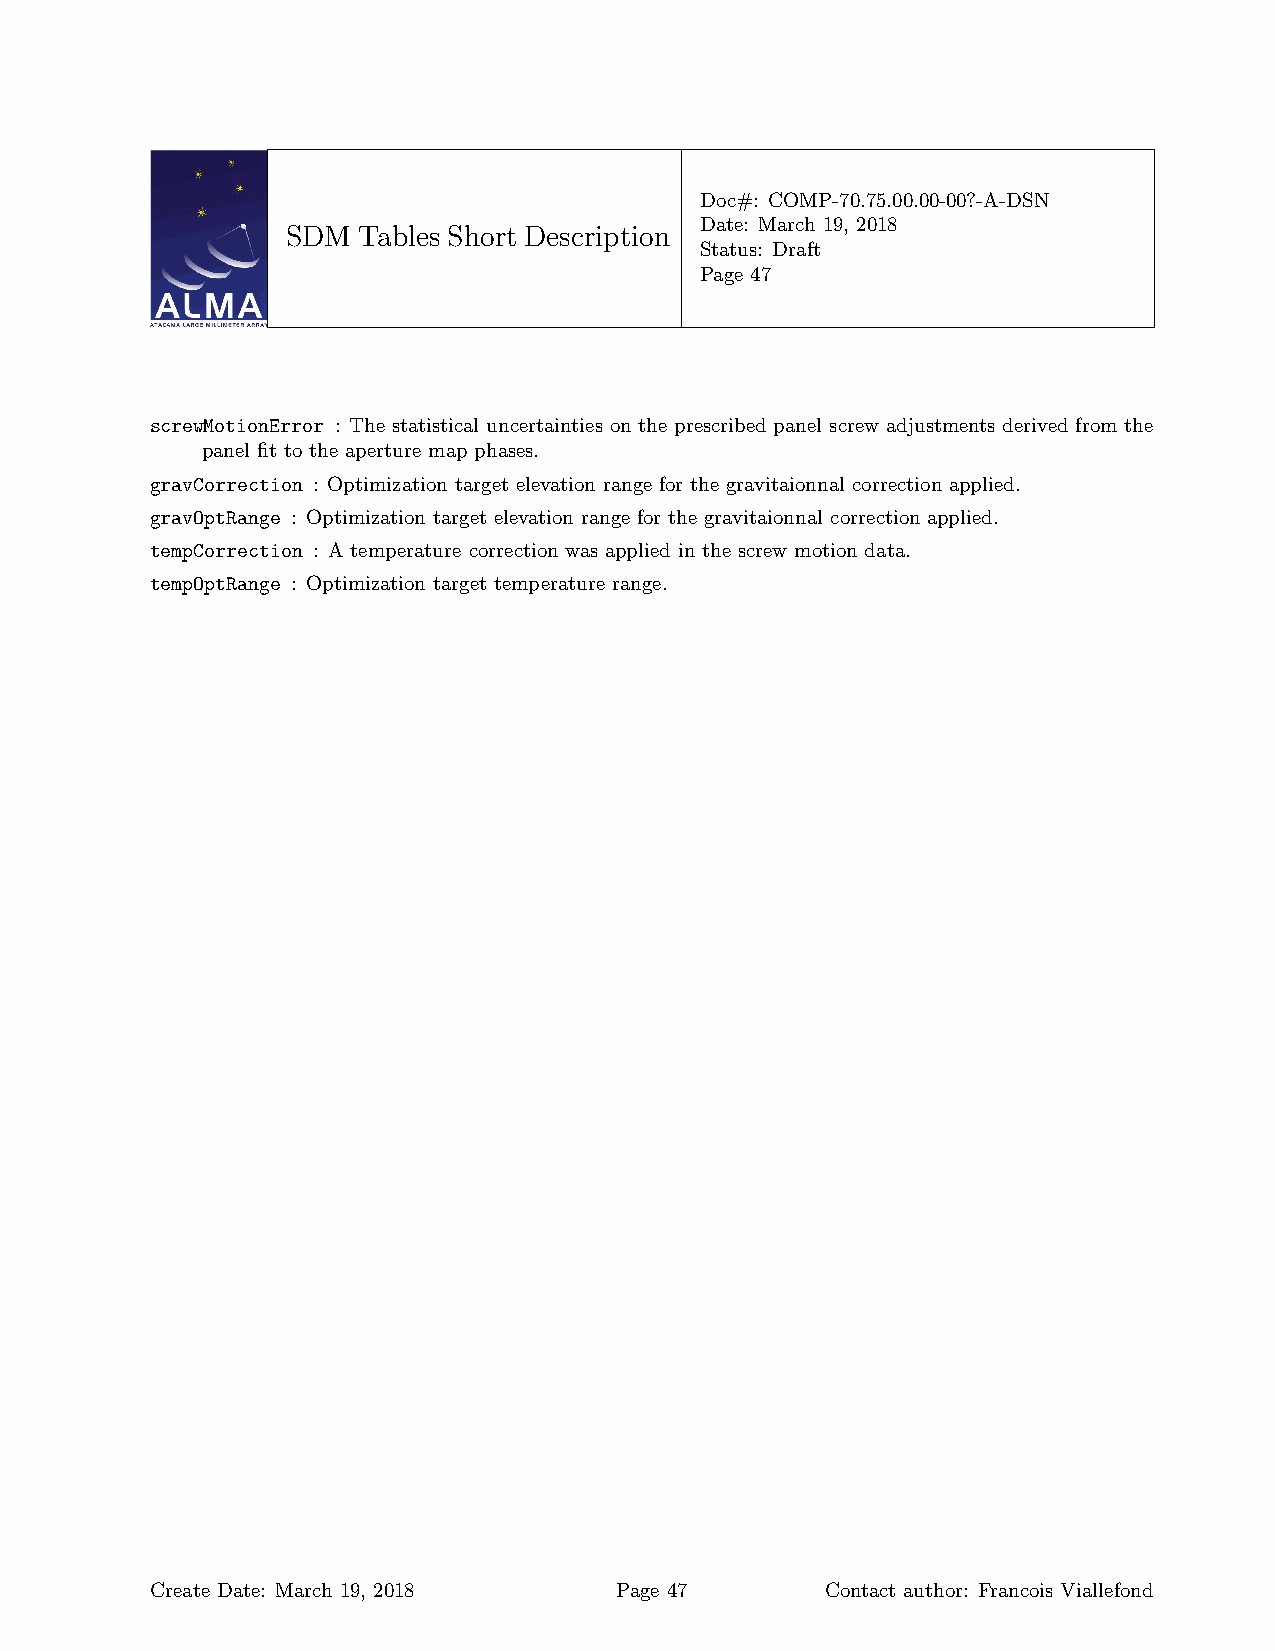
Doc#: COMP-70.75.00.00-00?-A-DSN
 Date: March 19, 2018
 SDM  Tables Short Description
 Status: Draft
 Page 47
 screwMotionError : The statistical uncertainties on the prescribed panel screw adjustments derived from the
 panel fit to the aperture map phases.
 gravCorrection : Optimization target elevation range for the gravitaionnal correction applied.
 gravOptRange : Optimization target elevation range for the gravitaionnal correction applied.
 tempCorrection : A temperature correction was applied in the screw motion data.
 tempOptRange : Optimization target temperature range.
 Create Date: March 19, 2018    Page 47       Contact author: Francois Viallefond